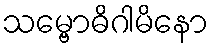
သမ္ဗောဓိဂါမိနော